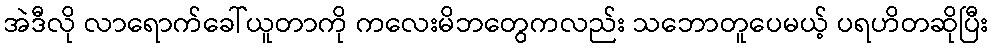
အဲဒီလို လာရောက်ခေါ်ယူတာကို ကလေးမိဘတွေကလည်း သဘောတူပေမယ့် ပရဟိတဆိုပြီး